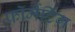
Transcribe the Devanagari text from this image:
फ़ॉर्मेटिंग